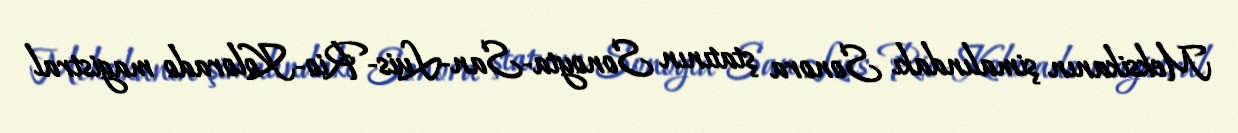
Meksikanın şimalındakı Sonora ştatının Sonoyta-San-Luis-Rio-Kolorado magistral